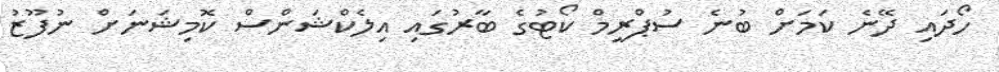
ހޯދައި ދޭނެ ކަމަށް ބުނެ ސުޕްރީމް ކޯޓުގެ ބާރުގައި އިލެކްޝަންސް ކޮމިޝަނަށް ނުފޫޒު